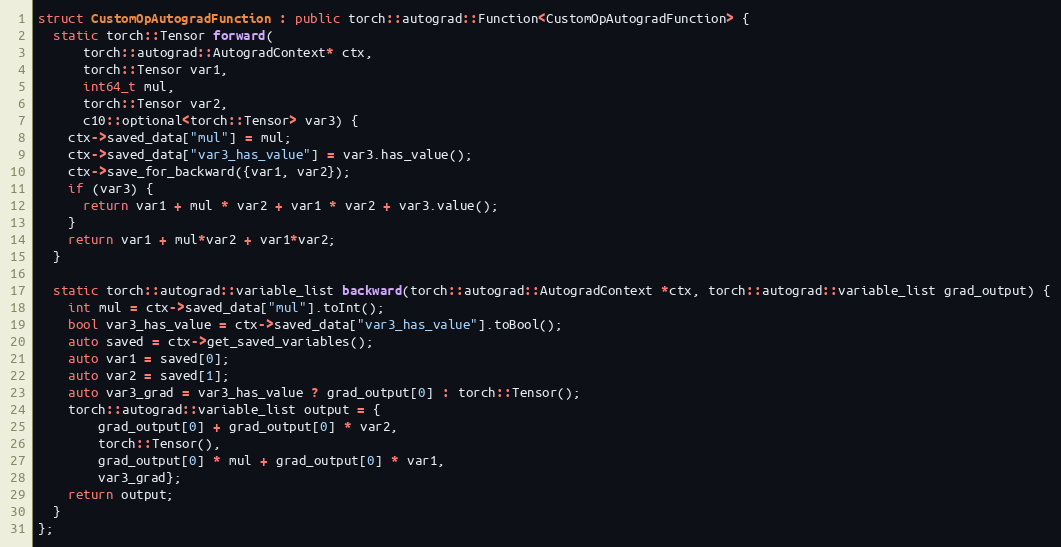
Language: C++
struct CustomOpAutogradFunction : public torch::autograd::Function<CustomOpAutogradFunction> {
  static torch::Tensor forward(
      torch::autograd::AutogradContext* ctx,
      torch::Tensor var1,
      int64_t mul,
      torch::Tensor var2,
      c10::optional<torch::Tensor> var3) {
    ctx->saved_data["mul"] = mul;
    ctx->saved_data["var3_has_value"] = var3.has_value();
    ctx->save_for_backward({var1, var2});
    if (var3) {
      return var1 + mul * var2 + var1 * var2 + var3.value();
    }
    return var1 + mul*var2 + var1*var2;
  }

  static torch::autograd::variable_list backward(torch::autograd::AutogradContext *ctx, torch::autograd::variable_list grad_output) {
    int mul = ctx->saved_data["mul"].toInt();
    bool var3_has_value = ctx->saved_data["var3_has_value"].toBool();
    auto saved = ctx->get_saved_variables();
    auto var1 = saved[0];
    auto var2 = saved[1];
    auto var3_grad = var3_has_value ? grad_output[0] : torch::Tensor();
    torch::autograd::variable_list output = {
        grad_output[0] + grad_output[0] * var2,
        torch::Tensor(),
        grad_output[0] * mul + grad_output[0] * var1,
        var3_grad};
    return output;
  }
};